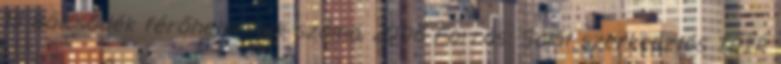
15 Bölcsődék férőhelyeinek száma, 2006 Forrás: Saját szerkesztés TEIR